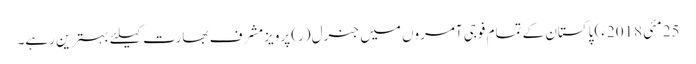
25 مئی 2018ء) پاکستان کے تمام فوجی آمروں میں جنرل (ر) پرویزمشرف بھارت کیلئے بہترین رہے۔